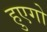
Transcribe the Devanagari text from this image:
हुएगो